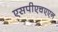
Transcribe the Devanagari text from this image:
एसपीएचएएन